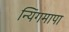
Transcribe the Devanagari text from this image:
न्यिंगमापा